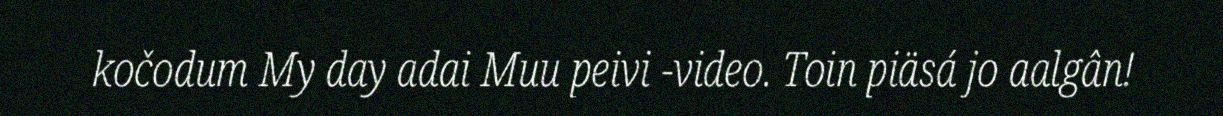
kočodum My day adai Muu peivi -video. Toin piäsá jo aalgân!